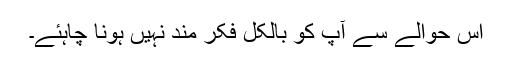
اس حوالے سے آپ کو بالکل فکر مند نہیں ہونا چاہئے۔